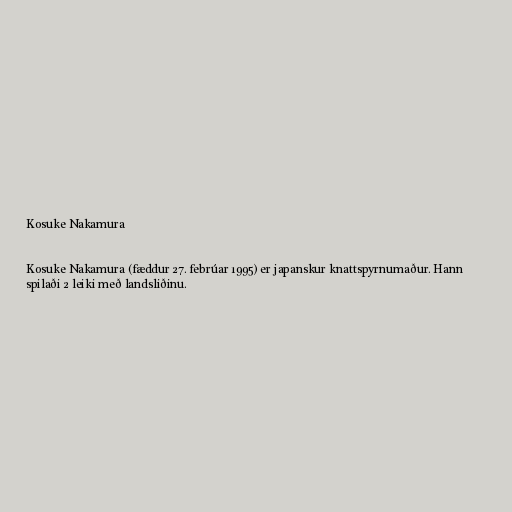
Kosuke Nakamura

Kosuke Nakamura (fæddur 27. febrúar 1995) er japanskur knattspyrnumaður. Hann
spilaði 2 leiki með landsliðinu.